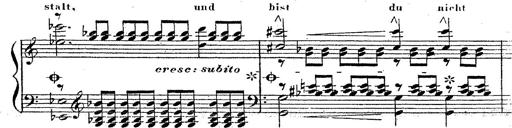
Title: 12 Lieder von Franz Schubert
Composer: Franz Liszt